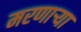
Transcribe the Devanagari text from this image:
मरणार्‍या